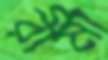
রীমা